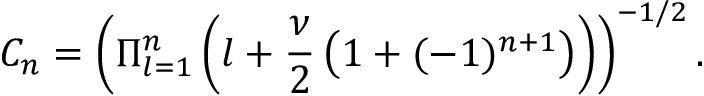
C _ { n } = \left( \Pi _ { l = 1 } ^ { n } \left( l + \frac { \nu } { 2 } \left( 1 + ( - 1 ) ^ { n + 1 } \right) \right) \right) ^ { - 1 / 2 } .